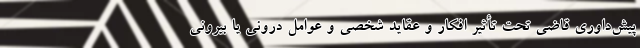
پیش‌داوری قاضی تحت تأثیر افکار و عقاید شخصی و عوامل درونی یا بیرونی